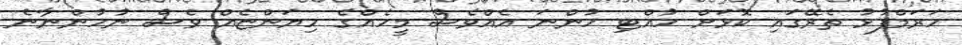
ހަރަމްފުޅު ތެރޭގައި ކޮޅަށް ހުއްޓި ހުންނަ އެއްވެސް މީހެއްގެ ހިޔަންޏެއް ވެސް ނުހުންނާނެ